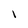
Character: 1